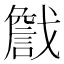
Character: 𢨕